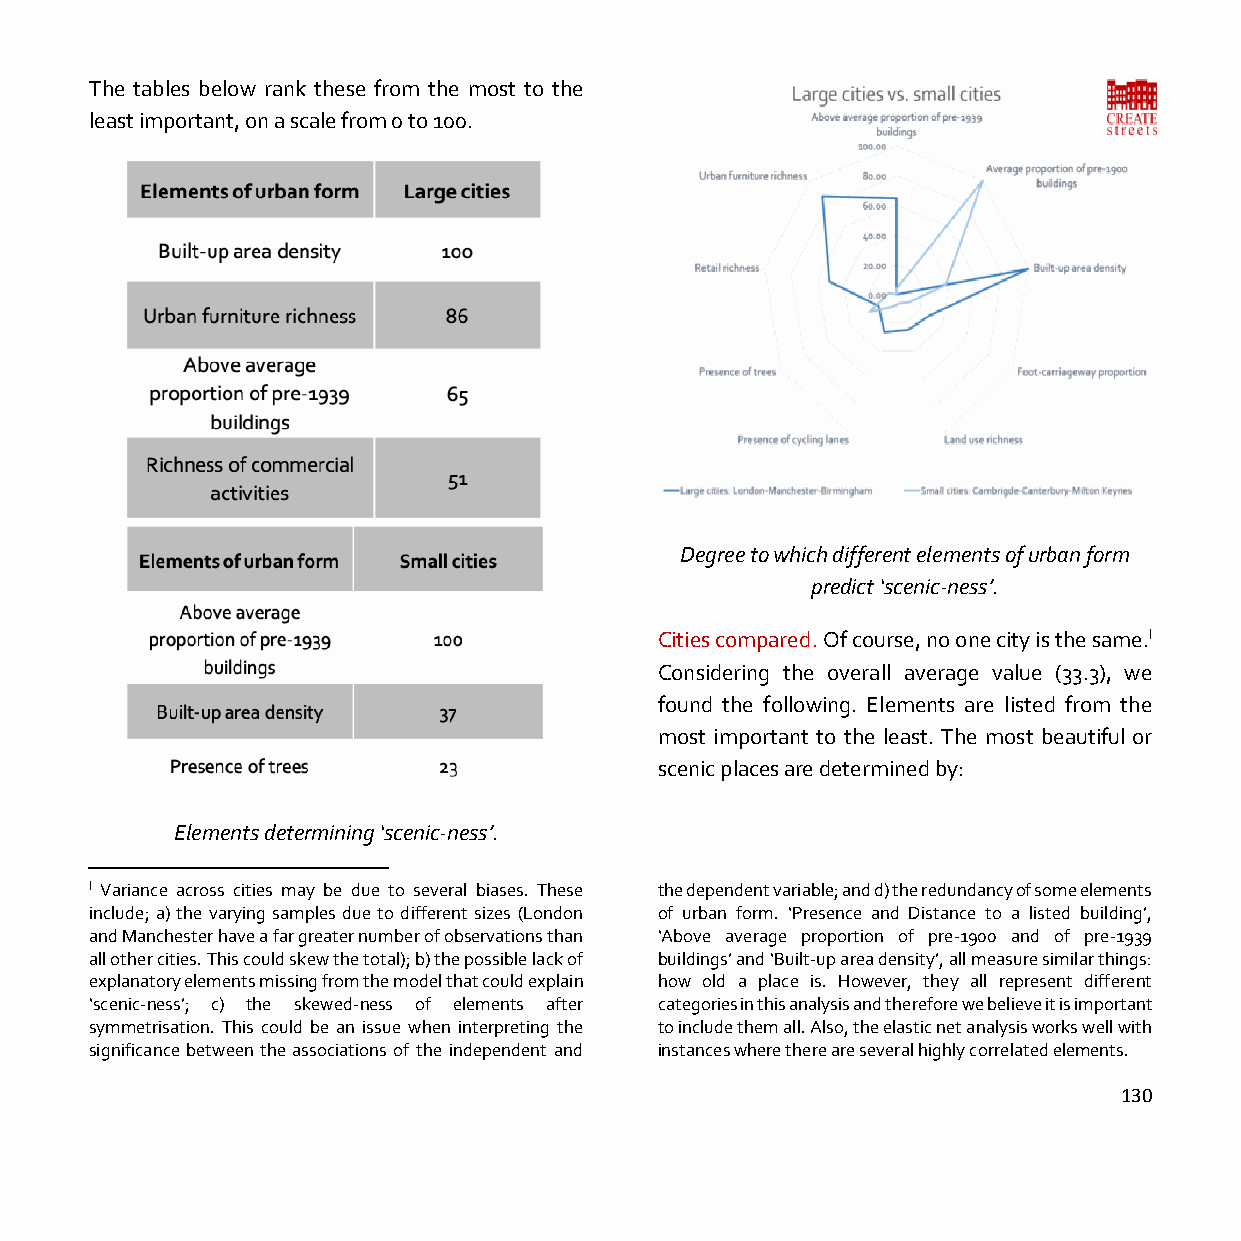
The tables below rank these from the most to the
 least important, on a scale from 0 to 100.
 Degree to which different elements of urban form
 predict ‘scenic-ness’.
 Cities compared. Of course, no one city is the same.l
 Considering the overall average value (33.3), we
 found the following. Elements are listed from the
 most important to the least. The most beautiful or
 scenic places are determined by:
 Elements determining ‘scenic-ness’.
 l Variance across cities may be due to several biases. These the dependent variable; and d) the redundancy of some elements
 include; a) the varying samples due to different sizes (London of urban form. ‘Presence and Distance to a listed building’,
 and Manchester have a far greater number of observations than ‘Above average proportion of pre-1900 and of pre-1939
 all other cities. This could skew the total); b) the possible lack of buildings’ and ‘Built-up area density’, all measure similar things:
 explanatory elements missing from the model that could explain how old a place is. However, they all represent different
 ‘scenic-ness’; c) the skewed-ness of elements after categories in this analysis and therefore we believe it is important
 symmetrisation. This could be an issue when interpreting the to include them all. Also, the elastic net analysis works well with
 significance between the associations of the independent and instances where there are several highly correlated elements.
 130